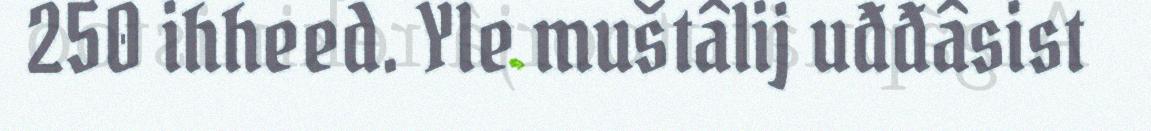
250 ihheed. Yle muštâlij uđđâsist